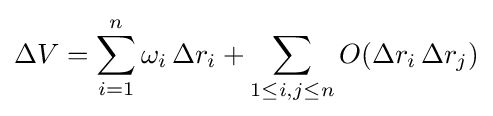
\Delta V=\sum _{i=1}^{n}\omega _{i}\,\Delta r_{i}+\sum _{1\leq i,j\leq n}O(\Delta r_{i}\,\Delta r_{j})